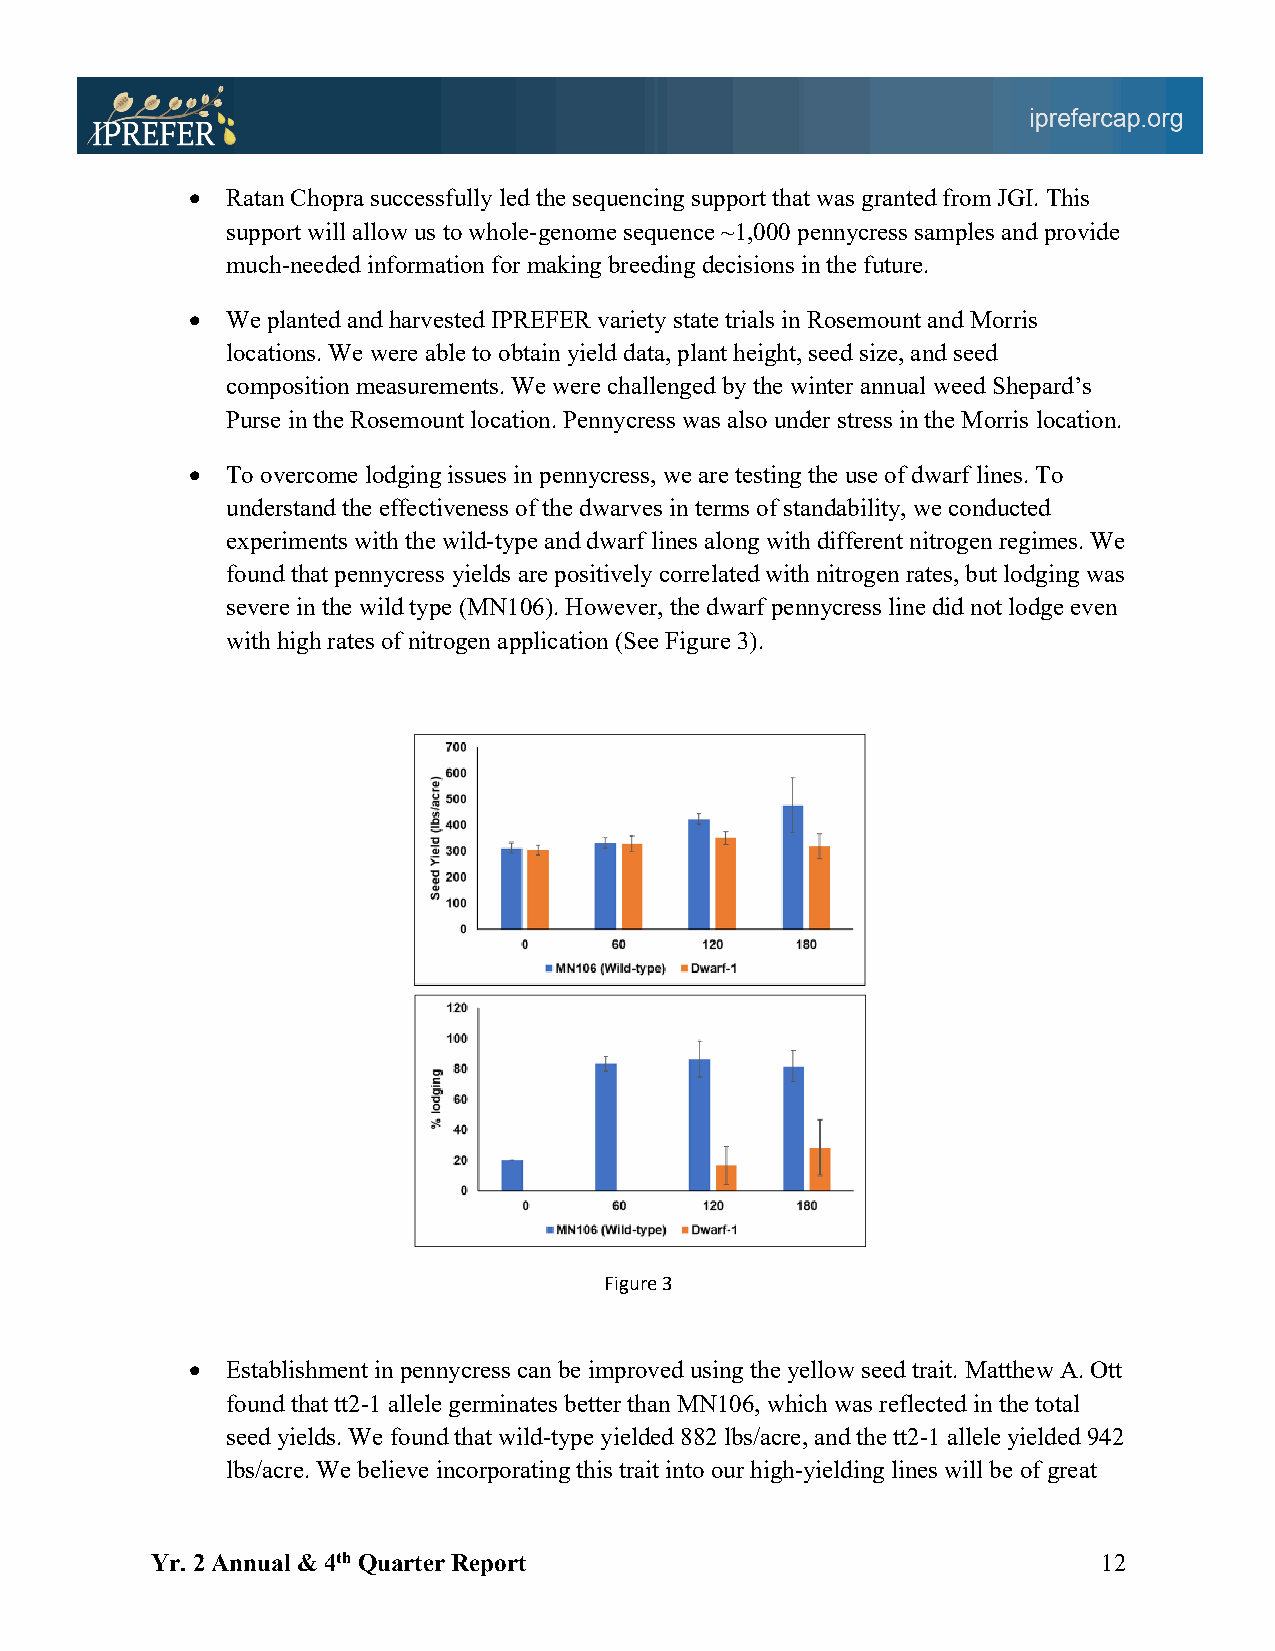
•  Ratan Chopra successfully led the sequencing support that was granted from JGI. This
 support will allow us to whole-genome sequence ~1,000 pennycress samples and provide
 much-needed information for making breeding decisions in the future.
 •  We planted and harvested IPREFER variety state trials in Rosemount and Morris
 locations. We were able to obtain yield data, plant height, seed size, and seed
 composition measurements. We were challenged by the winter annual weed Shepard’s
 Purse in the Rosemount location. Pennycress was also under stress in the Morris location.
 •  To overcome lodging issues in pennycress, we are testing the use of dwarf lines. To
 understand the effectiveness of the dwarves in terms of standability, we conducted
 experiments with the wild-type and dwarf lines along with different nitrogen regimes. We
 found that pennycress yields are positively correlated with nitrogen rates, but lodging was
 severe in the wild type (MN106). However, the dwarf pennycress line did not lodge even
 with high rates of nitrogen application (See Figure 3).
 Figure 3
 •  Establishment in pennycress can be improved using the yellow seed trait. Matthew A. Ott
 found that tt2-1 allele germinates better than MN106, which was reflected in the total
 seed yields. We found that wild-type yielded 882 lbs/acre, and the tt2-1 allele yielded 942
 lbs/acre. We believe incorporating this trait into our high-yielding lines will be of great
 Yr. 2 Annual & 4th Quarter Report                              12